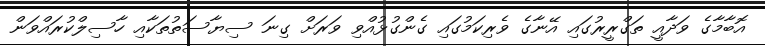
އޮބާމާގެ ވަދާއީ ތަގްރީރުގައި އޭނާގެ ވެރިކަމުގައި ގެންގުޅުއްވި ވަރަށް ގިނަ ސިޔާސަތުތަކާއި ހާސިލްކުރައްވަން